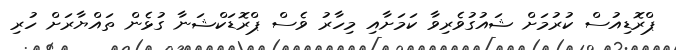
ޕްރޮޑިއުސް ކުރުމަށް ޝައުގުވެރިވާ ކަމަށާއި މިހާރު ވެސް ޕްރޮޑަކްޝަނާ ގުޅެން ތައްޔާރަށް ހުރި